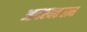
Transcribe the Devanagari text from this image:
आवश्यकतान